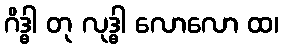
ဂိဒ္ဓါ တု လုဒ္ဓါ လောလော ထ၊